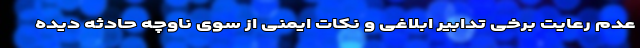
عدم رعایت برخی تدابیر ابلاغی و نکات ایمنی از سوی ناوچه حادثه دیده